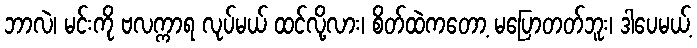
ဘာလဲ၊ မင်းကို ဗလက္ကာရ လုပ်မယ် ထင်လို့လား၊ စိတ်ထဲကတော့ မပြောတတ်ဘူး၊ ဒါပေမယ့်